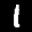
Label: 1